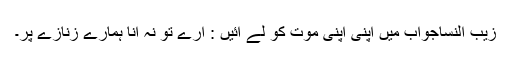
زیب النساجواب میں اپنی اپنی موت کو لے آئیں : ارے تو نہ آنا ہمارے زنازے پر۔